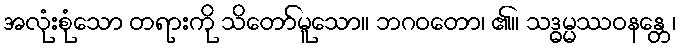
အလုံးစုံသော တရားကို သိတော်မူသော။ ဘဂဝတော၊ ၏။ သဒ္ဓမ္မဿဝနန္တေ၊